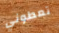
تعطوني